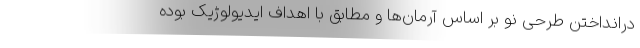
درانداختن طرحی نو بر اساس آرمان‌ها و مطابق با اهداف ایدیولوژیک بوده